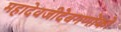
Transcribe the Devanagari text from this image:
महादेवजीदेवगणोंको